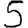
Digit: 5